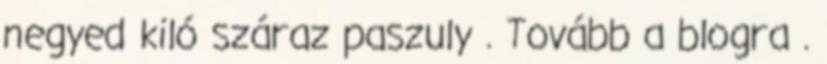
negyed kiló száraz paszuly . Tovább a blogra .